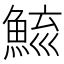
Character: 𩷮